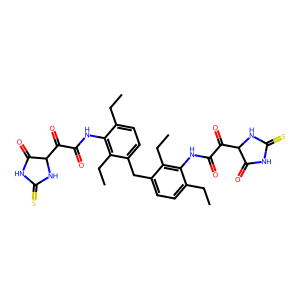
SMILES: CCc1ccc(Cc2ccc(CC)c(NC(=O)C(=O)C3NC(=S)NC3=O)c2CC)c(CC)c1NC(=O)C(=O)C1NC(=S)NC1=O
Inhibits HIV replication: No